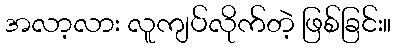
အလာ့လား လူကျပ်လိုက်တဲ့ ဖြစ်ခြင်း။